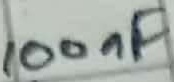
Text: 100nF